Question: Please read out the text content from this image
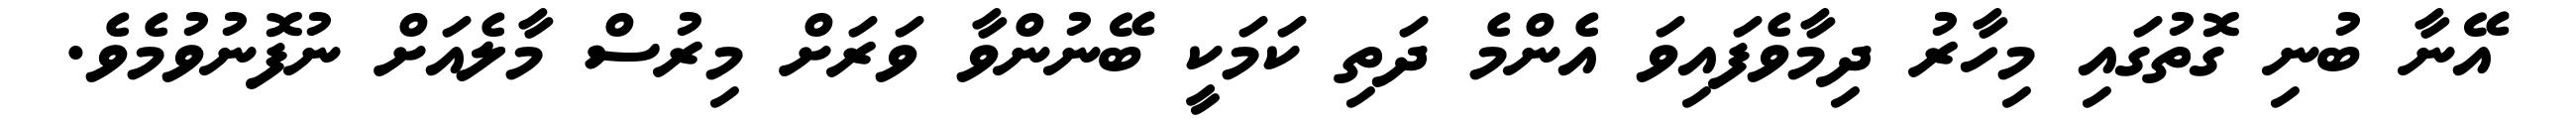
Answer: އޭނާ ބުނި ގޮތުގައި މިހާރު ދިމާވެފައިވަ އެންމެ ދަތި ކަމަކީ ބޭނުންވާ ވަރަށް މިރުސް މާލެއަށް ނުފޮނުވުމެވެ.